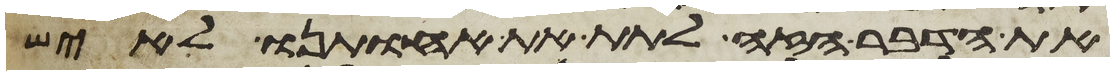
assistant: את הדבר הזה לתת את אחותנו לאיש